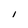
Character: I